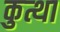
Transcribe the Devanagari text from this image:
कुत्था